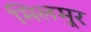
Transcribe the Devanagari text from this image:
मिलमूर